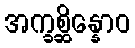
အက္ခစ္ဆိန္နောဝ